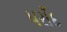
પસઁદ